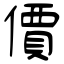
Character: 價